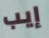
إيب